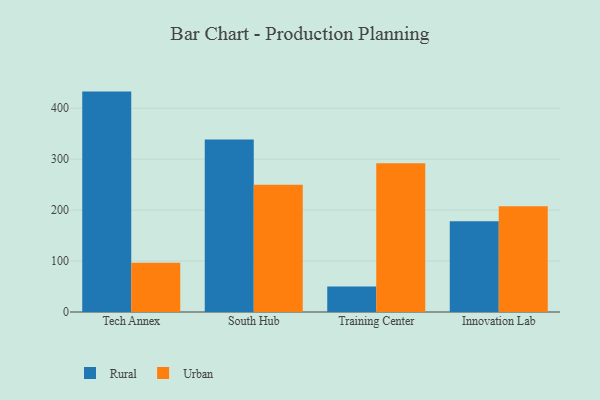
{"axis": {"x": "Campus", "y": "Waste Production (Tons)"}, "legend": ["Rural", "Urban"], "data": [{"x": "Tech Annex", "y": 432.6, "type": "Rural"}, {"x": "Tech Annex", "y": 96.9, "type": "Urban"}, {"x": "South Hub", "y": 338.7, "type": "Rural"}, {"x": "South Hub", "y": 249.6, "type": "Urban"}, {"x": "Training Center", "y": 50.2, "type": "Rural"}, {"x": "Training Center", "y": 292.2, "type": "Urban"}, {"x": "Innovation Lab", "y": 178.1, "type": "Rural"}, {"x": "Innovation Lab", "y": 207.6, "type": "Urban"}]}